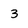
Character: 3